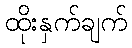
ထိုးနှက်ချက်